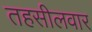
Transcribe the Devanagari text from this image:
तहसीलवार